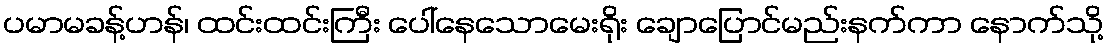
ပမာမခန့်ဟန်၊ ထင်းထင်းကြီး ပေါ်နေသောမေးရိုး ချောပြောင်မည်းနက်ကာ နောက်သို့